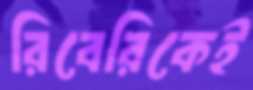
রিবেরিকেই